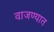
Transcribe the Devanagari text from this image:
वाजण्यात